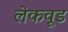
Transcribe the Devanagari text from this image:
लेकवूड